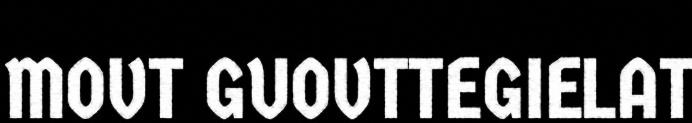
MOVT GUOVTTEGIELAT